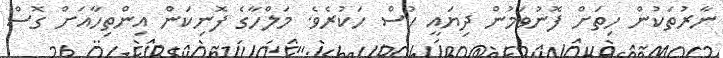
ނާރުތަކުން ހިތަށް ފޮނުވަމުން ދިޔައީ ހުސް ހަކުރެވެ. މަލްހާގެ ފޮނިކަން އިންތިހާއަށް ގޮސް